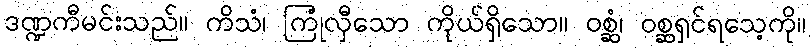
ဒဏ္ဍကီမင်းသည်။ ကိသံ၊ ကြုံလှီသော ကိုယ်ရှိသော။ ဝစ္ဆံ၊ ဝစ္ဆရှင်ရသေ့ကို။